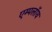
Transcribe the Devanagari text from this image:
एम्पलॉय